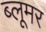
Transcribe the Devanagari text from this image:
ब्लूमर